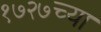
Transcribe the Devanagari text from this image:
१७२७च्या